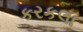
કરકલા